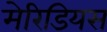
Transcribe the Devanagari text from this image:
मेरिडियस